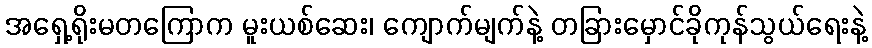
အရှေ့ရိုးမတကြောက မူးယစ်ဆေး၊ ကျောက်မျက်နဲ့ တခြားမှောင်ခိုကုန်သွယ်ရေးနဲ့